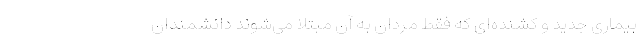
بیماری جدید و کشنده‌ای که فقط مردان به آن مبتلا می‌شوند دانشمندان